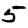
Digit: 5